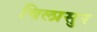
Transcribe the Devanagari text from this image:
विलासुर